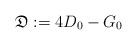
LaTeX: \begin{align*}\mathfrak D:=4D_0-G_0\end{align*}